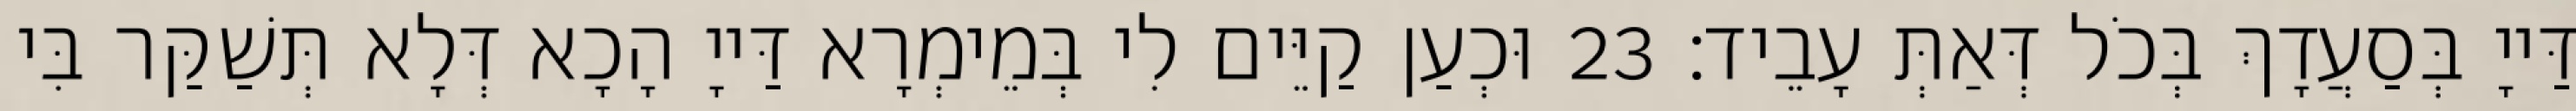
דַּייָ בְּסַעֲדָךְ בְּכֹל דְּאַתְּ עָבֵיד׃ 23 וּכְעַן קַיֵּים לִי בְּמֵימְרָא דַּייָ הָכָא דְּלָא תְּשַׁקַּר בִּי